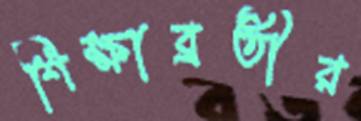
শিক্ষাব্রতীর